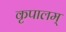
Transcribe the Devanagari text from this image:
कृपालम्